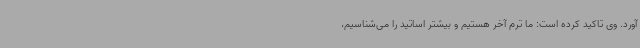
آورد. وی تاکید کرده است: ما ترم آخر هستیم و بیشتر اساتید را می‌شناسیم،